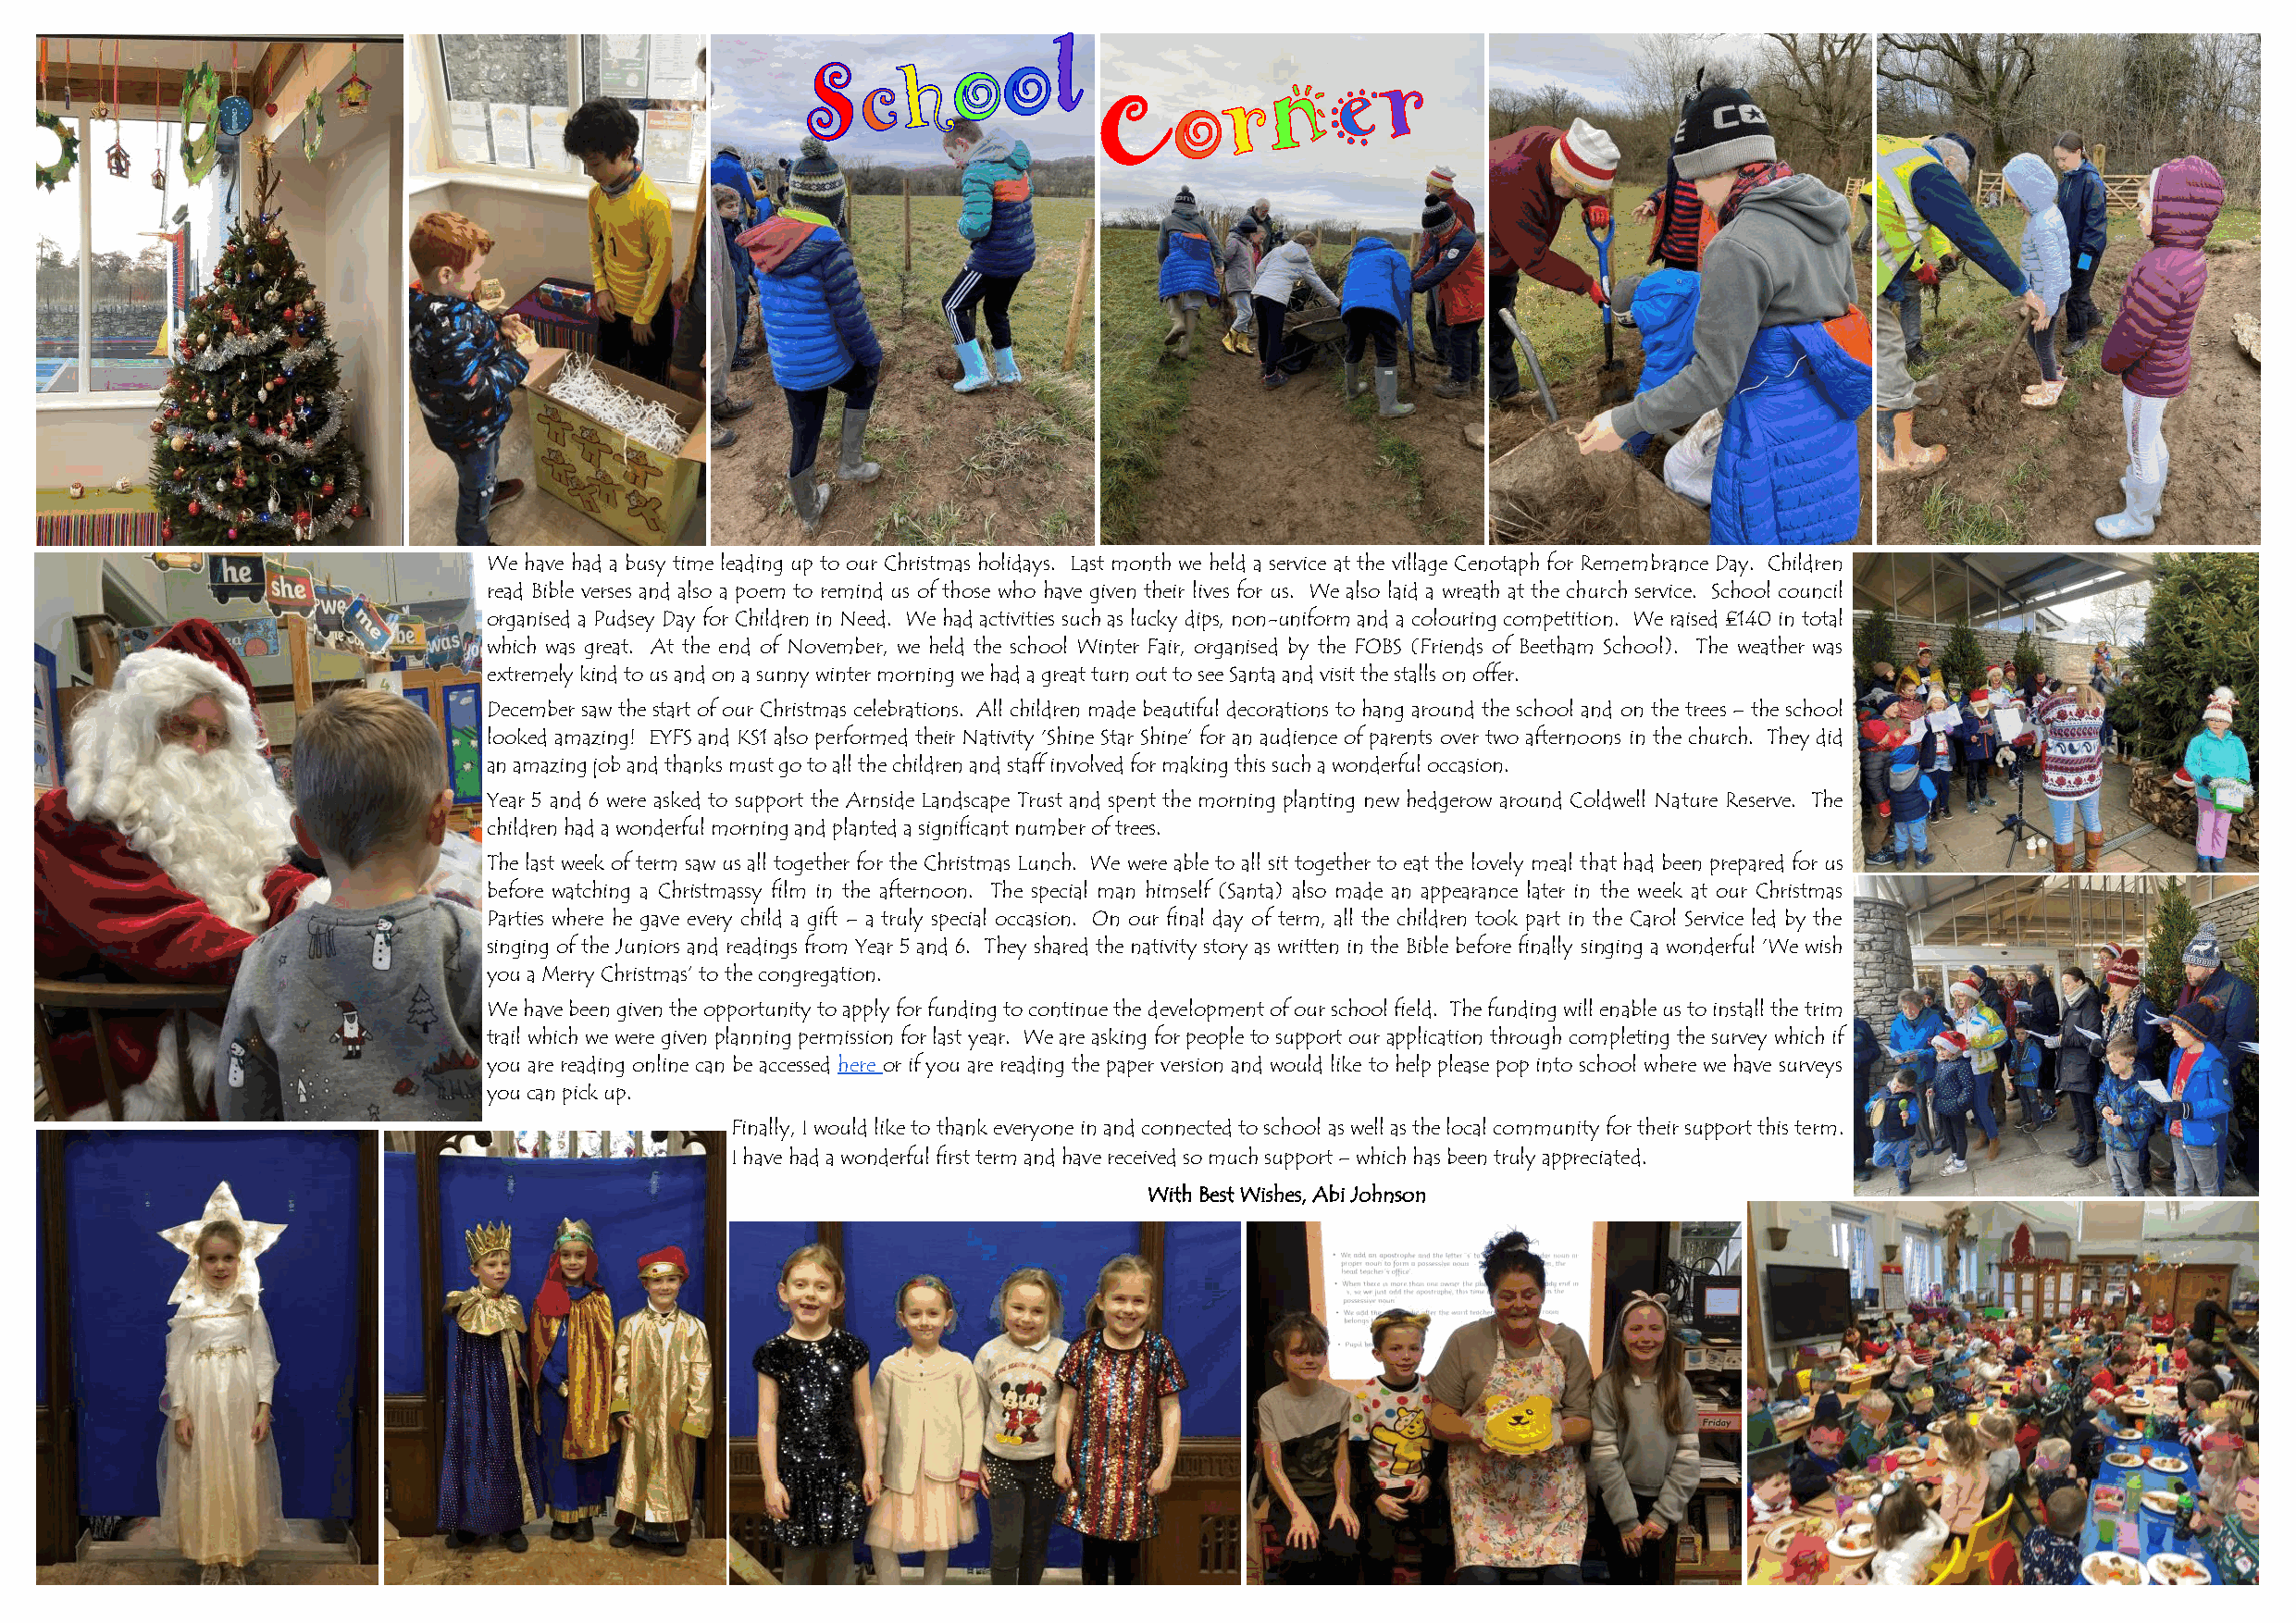
We have had a busy time leading up to our Christmas holidays. Last month we held a service at the village Cenotaph for Remembrance Day. Children
 read Bible verses and also a poem to remind us of those who have given their lives for us. We also laid a wreath at the church service. School council
 organised a Pudsey Day for Children in Need. We had activities such as lucky dips, non-uniform and a colouring competition. We raised £140 in total
 which was great. At the end of November, we held the school Winter Fair, organised by the FOBS (Friends of Beetham School). The weather was
 extremely kind to us and on a sunny winter morning we had a great turn out to see Santa and visit the stalls on offer.
 December saw the start of our Christmas celebrations. All children made beautiful decorations to hang around the school and on the trees – the school
 looked amazing! EYFS and KS1 also performed their Nativity ‘Shine Star Shine’ for an audience of parents over two afternoons in the church. They did
 an amazing job and thanks must go to all the children and staff involved for making this such a wonderful occasion.
 Year 5 and 6 were asked to support the Arnside Landscape Trust and spent the morning planting new hedgerow around Coldwell Nature Reserve. The
 children had a wonderful morning and planted a significant number of trees.
 The last week of term saw us all together for the Christmas Lunch. We were able to all sit together to eat the lovely meal that had been prepared for us
 before watching a Christmassy film in the afternoon. The special man himself (Santa) also made an appearance later in the week at our Christmas
 Parties where he gave every child a gift – a truly special occasion. On our final day of term, all the children took part in the Carol Service led by the
 singing of the Juniors and readings from Year 5 and 6. They shared the nativity story as written in the Bible before finally singing a wonderful ‘We wish
 you a Merry Christmas’ to the congregation.
 We have been given the opportunity to apply for funding to continue the development of our school field. The funding will enable us to install the trim
 trail which we were given planning permission for last year. We are asking for people to support our application through completing the survey which if
 you are reading online can be accessed here or if you are reading the paper version and would like to help please pop into school where we have surveys
 you can pick up.
 Finally, I would like to thank everyone in and connected to school as well as the local community for their support this term.
 I have had a wonderful first term and have received so much support – which has been truly appreciated.
 With Best Wishes, Abi Johnson